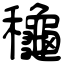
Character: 龝